Report of an investigation of the epidemic of malarial fever in Assam, or, kala-azar
Disease focus: Malaria
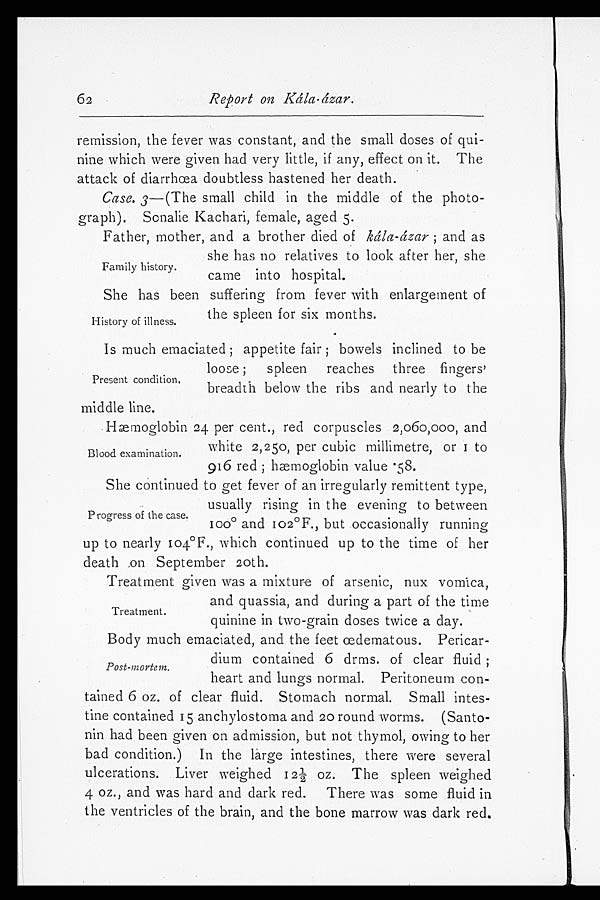
Report on Kála-ázar.
remission, the fever was constant, and the small doses of qui
- n i n e w h i c h w e r e g i v e n h a d v e r y l i t t l e , i f a n y , e f f e c t o n i t . T h e
attack of diarrhœa doubtless hastened her death.
Case.3 —(The small child in the middle of the photo
-graph). Sonalie Kachari, female, aged 5.
Father, mother, and a brother died of kála-ázar; and as
she has no relatives to look after her, she
came into hospital.
She has been suffering from fever with enlargement of
the spleen for six months.
Is much emaciated; appetite fair; bowels inclined to be
loose; spleen reaches three fingers'
breadth below the ribs and nearly to the
middle line.
Hæmoglobin 24 per cent., red corpuscles 2,060,000, and
white 2,250, per cubic millimetre, or 1 to
916 red; hæmoglobin value .58.
She continued to get fever of an irregularly remittent type,
usually rising in the evening to between
100º and 102° F., but occasionally running
up to nearly 104°F., which continued up to the time of her
death on September 20th.
Treatment given was a mixture of arsenic, nux vomica,
and quassia, and during a part of the time
quinine in two-grain doses twice a day.
Body much emaciated, and the feet œdematous. Pericar-
dium contained 6 drms. of clear fluid;
heart and lungs normal. Peritoneum con
-tained 6 oz. of clear fluid. Stomach normal. Small intes
-tine contained 15 anchylostoma and 20 round worms. (Santo
-nin had been given on admission, but not thymol, owing to her
bad condition.) In the large intestines, there were several
ulcerations. Liver weighed 12½ oz. The spleen weighed
4 oz., and was hard and dark red. There was some fluid in
the ventricles of the brain, and the bone marrow was dark red.
62
Family history.
History of illness.
Present condition.
Blood examination.
Progress of the case.
Treatment.
Post-mortem.